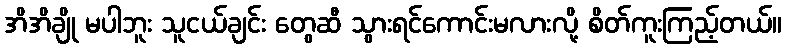
အိအိချို မပါဘူး သူငယ်ချင်း တွေဆီ သွားရင်ကောင်းမလားလို့ စိတ်ကူးကြည့်တယ်။